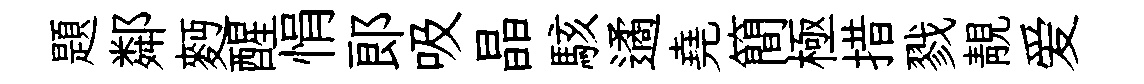
題鄰麪醒悁郞吸晶駭遹堯簡極措戮靚爱